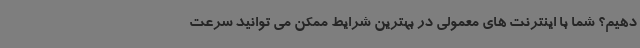
دهیم؟ شما با اینترنت های معمولی در بهترین شرایط ممکن می توانید سرعت